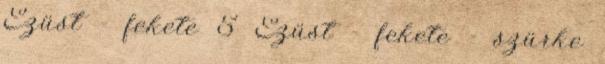
Ezüst - fekete 5 Ezüst - fekete - szürke